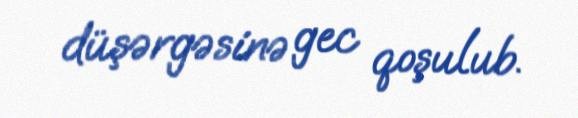
düşərgəsinə gec qoşulub.